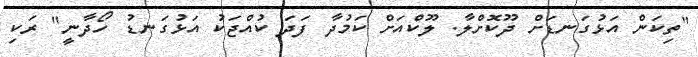
"ތިކަން އަޅުގަނޑަށް ދޫކޮށްލާ. ލޫކްއަށް ކަމުދާ ފަދަ ކުއްޖަކު އަޅުގަނޑު ހޯދާނީ" ރަކި